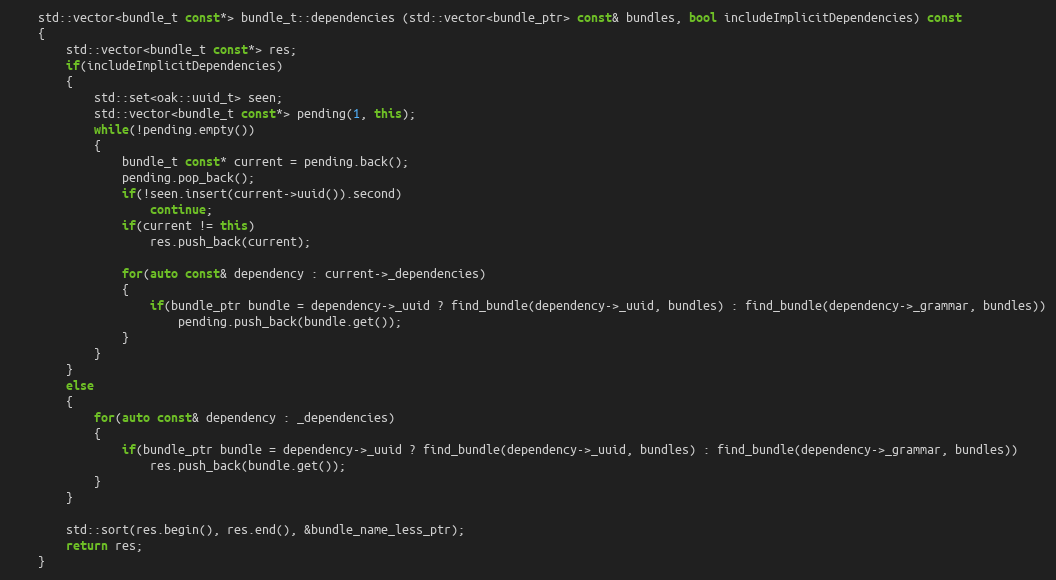
Language: C++
	std::vector<bundle_t const*> bundle_t::dependencies (std::vector<bundle_ptr> const& bundles, bool includeImplicitDependencies) const
	{
		std::vector<bundle_t const*> res;
		if(includeImplicitDependencies)
		{
			std::set<oak::uuid_t> seen;
			std::vector<bundle_t const*> pending(1, this);
			while(!pending.empty())
			{
				bundle_t const* current = pending.back();
				pending.pop_back();
				if(!seen.insert(current->uuid()).second)
					continue;
				if(current != this)
					res.push_back(current);

				for(auto const& dependency : current->_dependencies)
				{
					if(bundle_ptr bundle = dependency->_uuid ? find_bundle(dependency->_uuid, bundles) : find_bundle(dependency->_grammar, bundles))
						pending.push_back(bundle.get());
				}
			}
		}
		else
		{
			for(auto const& dependency : _dependencies)
			{
				if(bundle_ptr bundle = dependency->_uuid ? find_bundle(dependency->_uuid, bundles) : find_bundle(dependency->_grammar, bundles))
					res.push_back(bundle.get());
			}
		}

		std::sort(res.begin(), res.end(), &bundle_name_less_ptr);
		return res;
	}